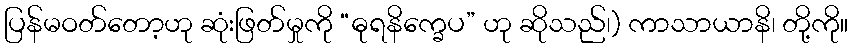
ပြန်မဝတ်တော့ဟု ဆုံးဖြတ်မှုကို “ဓုရနိက္ခေပ” ဟု ဆိုသည်၊) ကာသာယာနိ၊ တို့ကို။